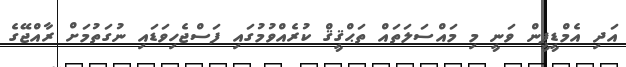
އަދި އެމްޑީޕީން ވަނީ މި މައްސަލަތައް ތަޙްޤީޤް ކުރެއްވުމުގައި ފަސްޖެހިވަޑައި ނުގަތުމަށް ރާއްޖޭގެ